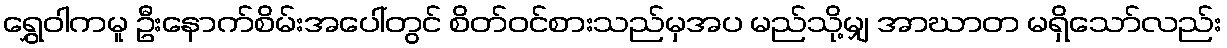
ရွှေဝါကမူ ဦးနောက်စိမ်းအပေါ်တွင် စိတ်ဝင်စားသည်မှအပ မည်သို့မျှ အာဃာတ မရှိသော်လည်း